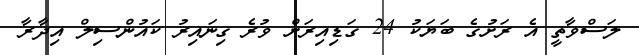
ލަސްވާތީ އެ ރަށުގެ ބަޔަކު 24 ގަޑިއިރަށް ވުރެ ގިނައިރު ކައުންސިލް އިދާރާ